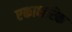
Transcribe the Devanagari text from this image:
एकाक्षरिक